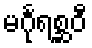
မင်္ဂုရစ္ဆဝီ